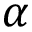
\alpha